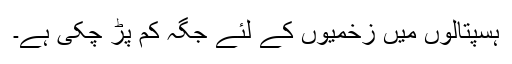
ہسپتالوں میں زخمیوں کے لئے جگہ کم پڑ چکی ہے۔